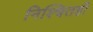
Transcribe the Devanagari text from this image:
निश्चितही